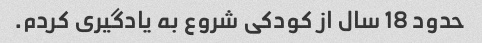
حدود 18 سال از کودکی شروع به یادگیری کردم.